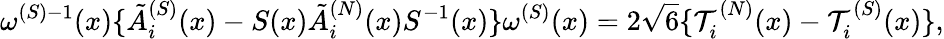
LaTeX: \omega^{(S)-1}(x)\{ \tilde{A}_{i}^{(S)}(x)-S(x)\tilde{A}_{i}^{(N)}(x)S^{-1}(x)\} \omega^{(S)}(x)=2\sqrt{6}\{ {\cal T}_{i}^{(N)}(x)-{\cal T}_{i}^{(S)}(x)\} ,